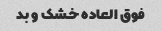
فوق العاده خشک و بد